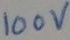
Text: 100V